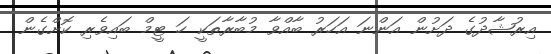
އިރުޝާދުގެ ދަށުން އަންނަ އަހަރު ބާއްވާ މުބާރާތަކީ ހަ ޓީމް ބައިވެރި ކޮށްގެން